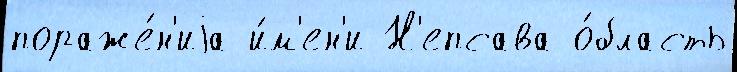
пораже́н'иjа и́м'ен'и Н'епсава о́бласть